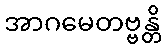
အာဂမေတဗ္ဗန္တိ